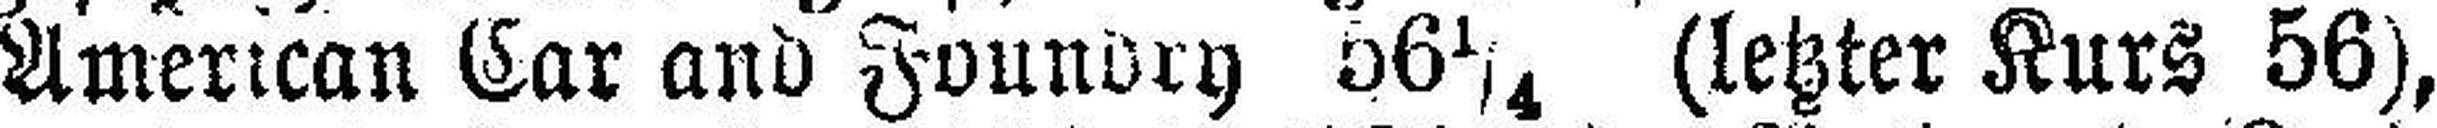
American Car and Foundry 56¼ (letzter Kurs 56),